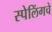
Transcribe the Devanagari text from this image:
स्पेलिंगचे